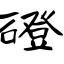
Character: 磴